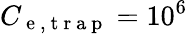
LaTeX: C_{\mathrm{~e~,~t~r~a~p~}}=10^{6}